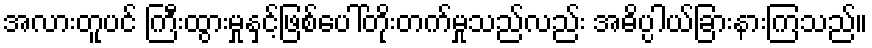
အလားတူပင် ကြီးထွားမှုနှင့်ဖြစ်ပေါ်တိုးတက်မှုသည်လည်း အဓိပ္ပါယ်ခြားနားကြသည်။